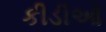
કીડીઓ